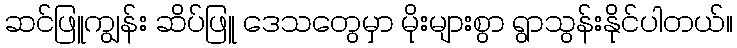
ဆင်ဖြူကျွန်း ဆိပ်ဖြူ ဒေသတွေမှာ မိုးများစွာ ရွာသွန်းနိုင်ပါတယ်။